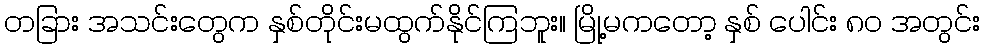
တခြား အသင်းတွေက နှစ်တိုင်းမထွက်နိုင်ကြဘူး။ မြို့မကတော့ နှစ် ပေါင်း ၈၀ အတွင်း